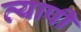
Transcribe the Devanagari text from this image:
व्‍यापी